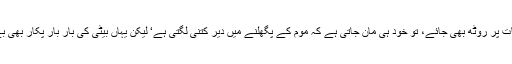
ماں کسی بات پر روٹھ بھی جائے، تو خود ہی مان جاتی ہے کہ موم کے پگھلنے میں دیر کتنی لگتی ہے‘ لیکن یہاں بیٹی کی بار بار پکار بھی بے اثر رہی۔